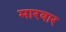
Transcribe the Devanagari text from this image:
मारबार